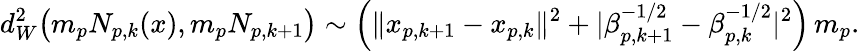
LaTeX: d_{W}^{2}\big(m_{p}N_{p,k}(x),m_{p}N_{p,k+1}\big)\sim\Big(\| x_{p,k+1}-x_{p,k}\| ^{2}+|\beta_{p,k+1}^{-1/2}-\beta_{p,k}^{-1/2}|^{2}\Big)\, m_{p}.